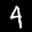
Label: 4